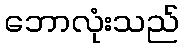
ဘောလုံးသည်